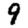
Digit: 9